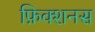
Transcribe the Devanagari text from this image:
फ़िक्शनस